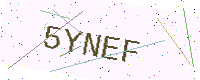
Text: 5YNEF